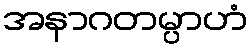
အနာဂတမ္ပာဟံ